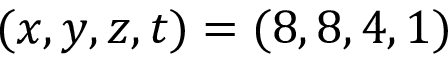
( x , y , z , t ) = ( 8 , 8 , 4 , 1 )